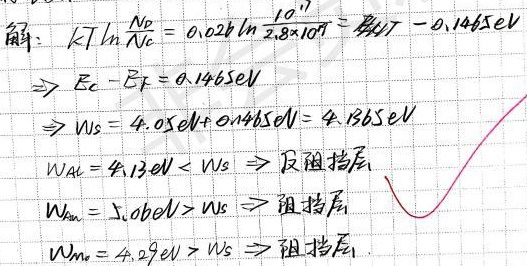
解：
\[
\begin{align*}
kT\ln\frac{N_D}{N_c}&=0.026\ln\frac{10^{17}}{2.8\times10^{19}}=- 0.1465eV\\
\Rightarrow E_c - E_F&=0.1465eV\\
\Rightarrow W_S&=4.05eV + 0.1465eV=4.1965eV\\
W_{Al}&=4.13eV<W_S\Rightarrow\text{反阻挡层}\\
W_{Au}&=5.10eV>W_S\Rightarrow\text{阻挡层}\\
W_{m_o}&=4.29eV>W_S\Rightarrow\text{阻挡层}
\end{align*}
\]